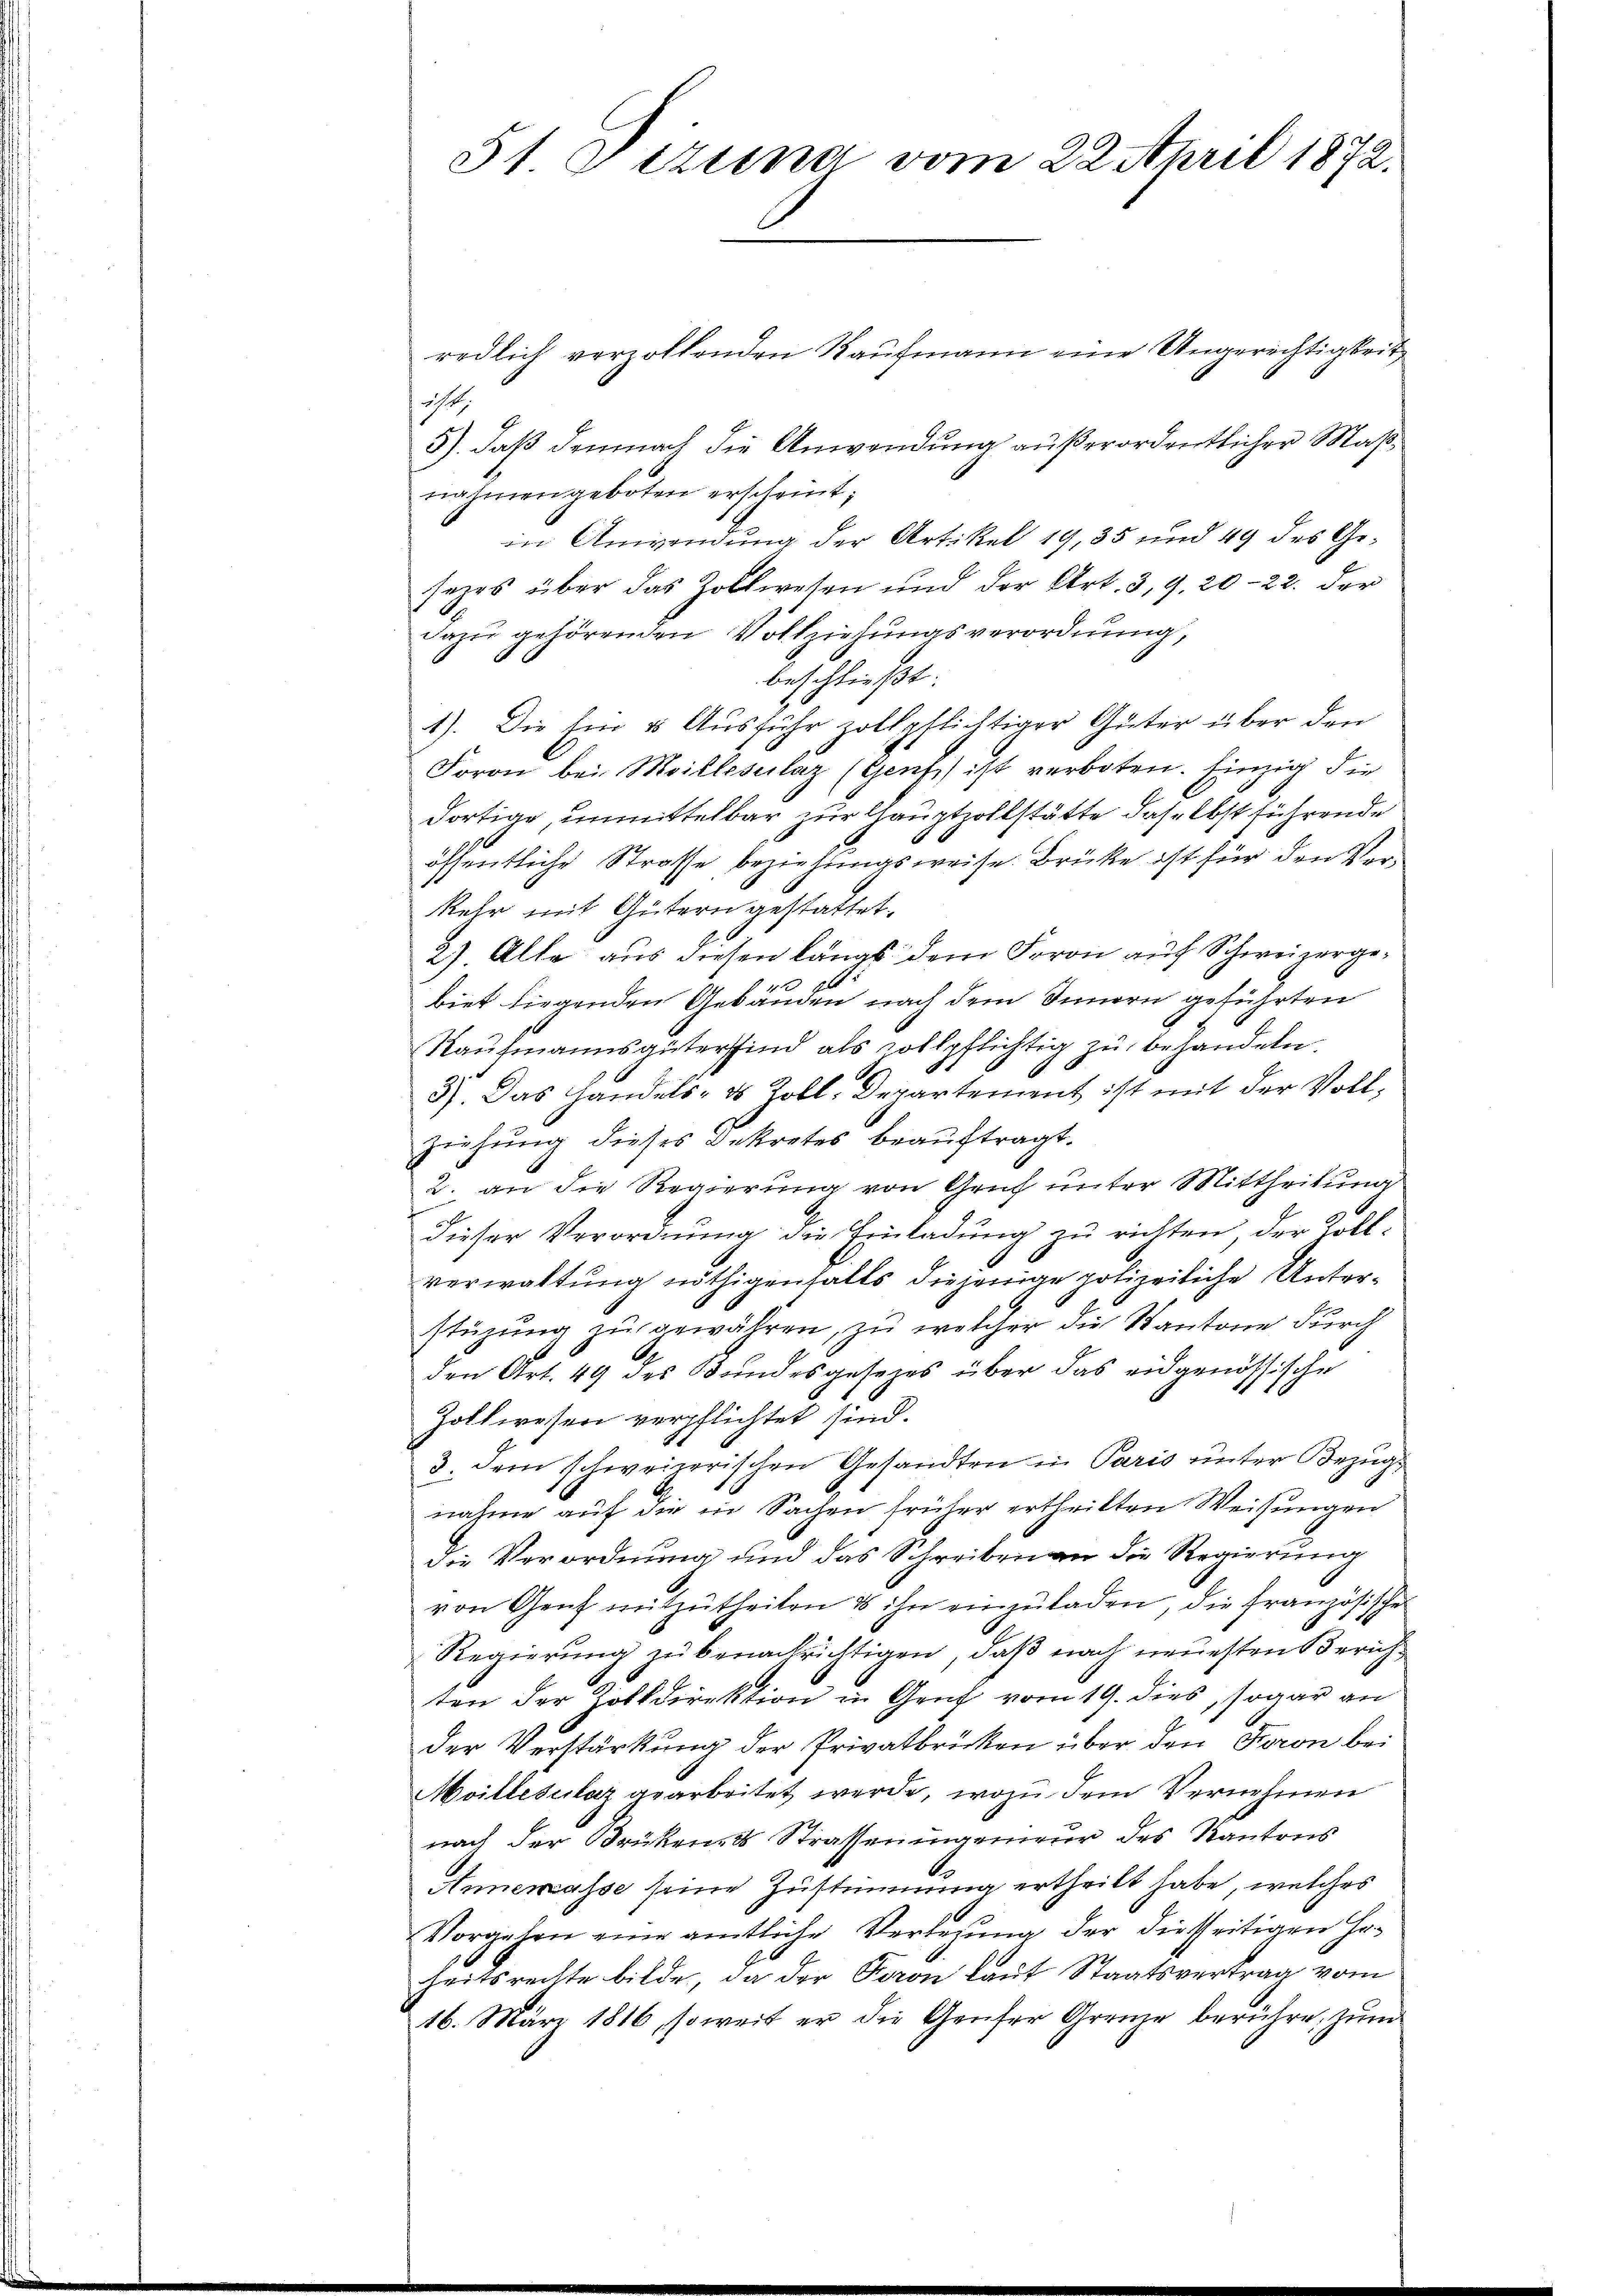
51 Dizuna vom 22. April 1872.

redlich verzollenden Kaufmann eine Ungerechtigkeit
14.
5) daß demnach die Anwendung außerordentlicher Maßnahmen geboten erscheint;
in Anwendung der Artikel 19, 35 und 49 des Gesezes über das Zollwesen und der Art. 3, 9, 20-22. der
dazu gehörenden Vollziehungsverordnung,
beschließt:
1). Die Ein & Ausführ zollpflichtiger Güter über den
Foron bei Meillesiilaz (Genf ist verboten. Einzig die
dortige, unmittelbar zur Hauptzollstätte daselbst führende
öffentliche Strasse beziehungsweise. Brücke ist für den Verkehr mit Gütern gestattet.
2). Alle aus diesen längs dem Foron auf Schweizergebiet liegenden Gebäuden nach dem Innern geführten
Kaufmannsgüter sind als sollpflichtig zu behandeln.
3). Das Handels- & Zoll. Departement ist mit der Vollziehung dieses Dekretes beauftragt.
2. an die Regierung von Geih unter Mittheilung
dieser Verordnung die Einladung zu richten, der Rollverwaltung nöthigenfalls diejenige polizeiliche Unterstüzung zŭ gewähren, zu welcher die Kantone durch
den Art. 49 des Bundesgesezes über das eidgenössische
Zollwesen verpflichtet sind.
3. dem schweizerischen Gesandten in Paris unter Bezugnahme auf die in Sachen früher ertheilten Weisungen
die Verordnung und das Schreiben an die Regierung
von Genf mitzŭtheilen & ihn einzŭladen, die französische
Regierung zu benachrichtigen, daß nach neuesten Zürichten der Zolkdirektion in Genf vom 19. dies, sogar an
der Verstärkung der Privatbrücken über den Taron bei
Moillesclaz gearbeitet werde, wozu dem Vernehmen
nach der Brükend Strasseningenieur des Kantons
Annemasse seine Zustimmung ertheilt habe, welches
Vorgehen eine amtliche Verlegung der diesseitigen Hoheitsrechte bilde, da der Faron laut Staatsvertrag vom
16. März 1816, soweit er die Genfer Grenze berühre, zum